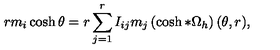
r m _ { i } \cosh \theta = r \sum _ { j = 1 } ^ { r } I _ { i j } m _ { j } \left( \cosh * \Omega _ { h } \right) ( \theta , r ) ,